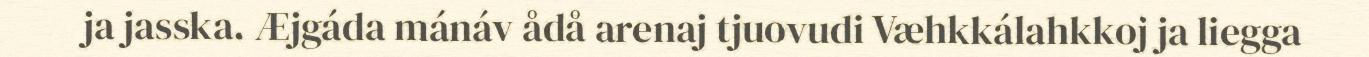
ja jasska. Æjgáda mánáv ådå arenaj tjuovudi Væhkkálahkkoj ja liegga